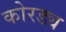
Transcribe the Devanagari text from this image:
कोरड्य